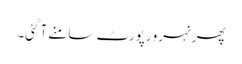
پھر نہرو رپورٹ سامنے آگئی۔